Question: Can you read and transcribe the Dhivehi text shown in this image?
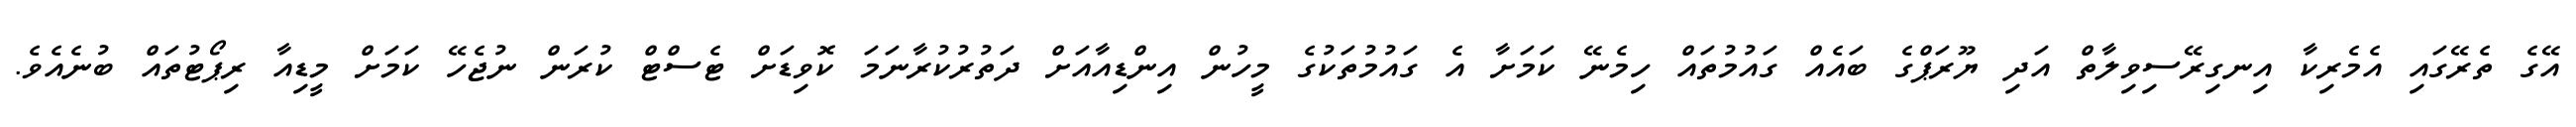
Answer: އޭގެ ތެރޭގައި އެމެރިކާ އިނގިރޭސިވިލާތް އަދި ޔޫރަޕްގެ ބައެއް ގައުމުތައް ހިމެނޭ ކަމަށާ އެ ގައުމުތަކުގެ މީހުން އިންޑިއާއަށް ދަތުރުކުރާނަމަ ކޮވިޑަށް ޓެސްޓް ކުރަން ނުޖެހޭ ކަމަށް މީޑިއާ ރިޕޯޓުތައް ބުނެއެވެ.